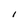
Character: I